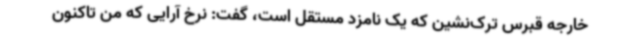
خارجه قبرس ترک‌نشین که یک نامزد مستقل است، گفت: نرخ آرایی که من تاکنون